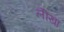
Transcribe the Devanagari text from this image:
लीखा